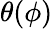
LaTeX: \theta(\phi)